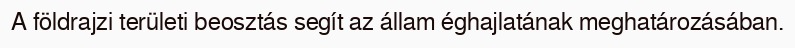
A földrajzi területi beosztás segít az állam éghajlatának meghatározásában.